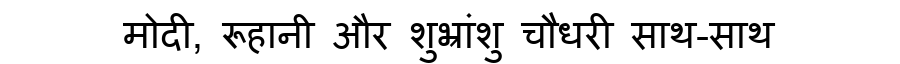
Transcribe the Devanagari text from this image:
मोदी, रूहानी और शुभ्रांशु चौधरी साथ-साथ